Report of an investigation into the causes of the diseases known in Assam as Kála-Azár and Beri-Beri
Disease focus: Beri-Beri
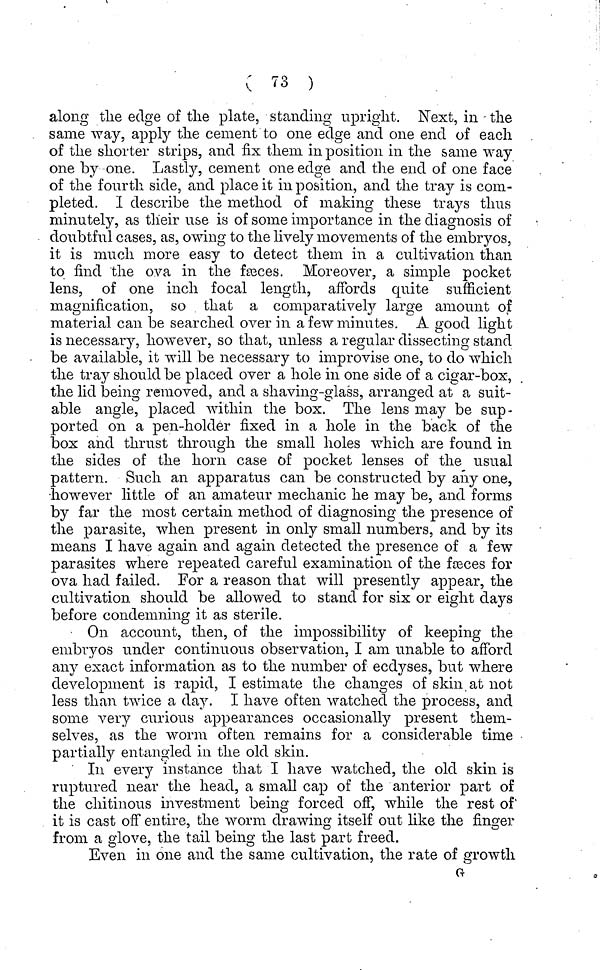
( 73 )
along the edge of the plate, standing upright. Next, in the
same way, apply the cement to one edge and one end of each
of the shorter strips, and fix them in position in the same way
one by one. Lastly, cement one edge and the end of one face
of the fourth side, and place it in position, and the tray is com-
pleted. I describe the method of making these trays thus
minutely, as their use is of some importance in the diagnosis of
doubtful cases, as, owing to the lively movements of the embryos,
it is much more easy to detect them in a cultivation than
to find the ova in the fæces. Moreover, a simple pocket
lens, of one inch focal length, affords quite sufficient
magnification, so that a comparatively large amount of
material can be searched over in a few minutes. A good light
is necessary, however, so that, unless a regular dissecting stand
be available, it will be necessary to improvise one, to do which
the tray should be placed over a hole in one side of a cigar-box,
the lid being removed, and a shaving-glass, arranged at a suit-
able angle, placed within the box. The lens may be sup-
ported on a pen-holder fixed in a hole in the back of the
box and thrust through the small holes which are found in
the sides of the horn case of pocket lenses of the usual
pattern. Such an apparatus can be constructed by any one,
however little of an amateur mechanic he may be, and forms
by far the most certain method of diagnosing the presence of
the parasite, when present in only small numbers, and by its
means I have again and again, detected the presence of a few
parasites where repeated careful examination of the fæces for
ova had failed. For a reason that will presently appear, the
cultivation should be allowed to stand for six or eight days
before condemning it as sterile.
On account, then, of the impossibility of keeping the
embryos under continuous observation, I am unable to afford
any exact information as to the number of ecdyses, but where
development is rapid, I estimate the changes of skin at not
less than, twice a day. I have often watched the process, and
some very curious appearances occasionally present them-
selves, as the worm often remains for a considerable time
partially entangled in the old skin.
In every instance that I have watched, the old skin is
ruptured near the head, a small cap of the anterior part of
the chitinous investment being forced off, while the rest of
it is cast off entire, the worm drawing itself out like the finger
from a glove, the tail being the last part freed.
Even in one and the same cultivation, the rate of growth
G